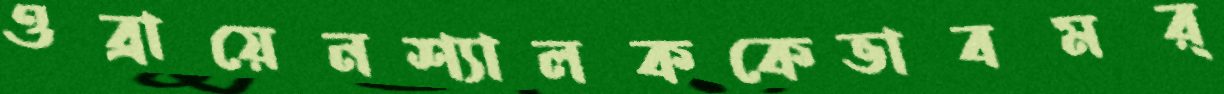
ওব্রায়েনশ্যালককেভাবমর্